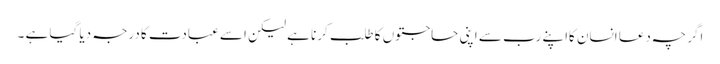
اگر چہ دعا انسان کااپنے رب سے اپنی حاجتوں کا طلب کرنا ہے لیکن اسے عبادت کا درجہ دیا گیا ہے ۔